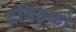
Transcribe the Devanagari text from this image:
द्रविड़को